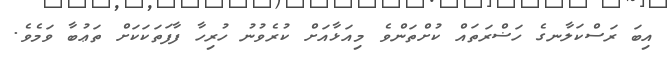
އިބަ ރަސްކަލާނގެ ހަޟްރަތައް ކުށްތަންވެ މިއަޅާއަށް ކުރެވުނު ހުރިހާ ފާފަތަކަކަށް ތަޢުބާ ވަމެވެ.